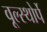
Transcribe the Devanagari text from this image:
वूल्स्थोर्पे